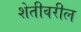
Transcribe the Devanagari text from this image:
शेतीवरील